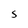
Character: S